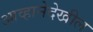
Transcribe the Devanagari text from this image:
आव्हानेदेखील